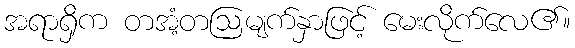
အရာရှိက တအံ့တဩမျက်နှာဖြင့် မေးလိုက်လေ၏။